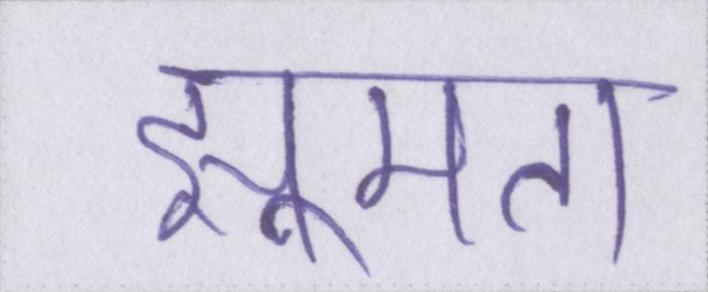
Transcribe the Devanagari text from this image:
झूमता